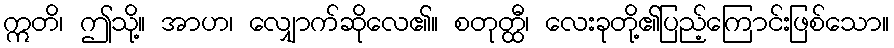
ဣတိ၊ ဤသို့။ အာဟ၊ လျှောက်ဆိုလေ၏။ စတုတ္ထီ၊ လေးခုတို့၏ပြည့်ကြောင်းဖြစ်သော။